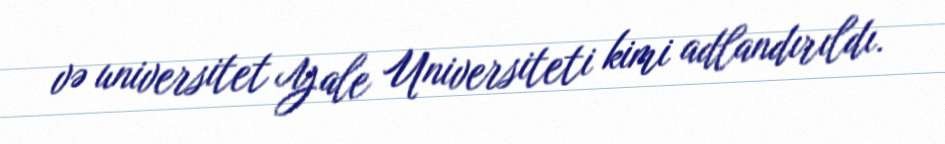
və universitet Yale Universiteti kimi adlandırıldı.